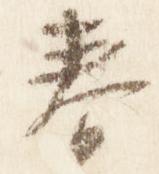
春